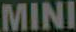
MINI